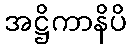
အဋ္ဌိကာနိပိ